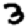
Digit: 3